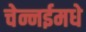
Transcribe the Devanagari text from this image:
चेन्नईमधे